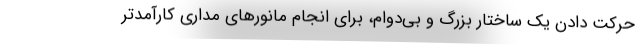
حرکت دادن یک ساختار بزرگ و بی‌دوام، برای انجام مانورهای مداری کارآمدتر